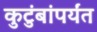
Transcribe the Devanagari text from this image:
कुटुंबांपर्यंत